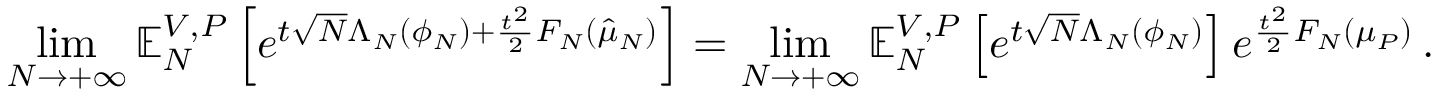
\operatorname* { l i m } _ { N \to + \infty } \mathbb { E } _ { N } ^ { V , P } \left[ e ^ { t \sqrt { N } \Lambda _ { N } ( \phi _ { N } ) + \frac { t ^ { 2 } } { 2 } F _ { N } ( \hat { \mu } _ { N } ) } \right] = \operatorname* { l i m } _ { N \to + \infty } \mathbb { E } _ { N } ^ { V , P } \left[ e ^ { t \sqrt { N } \Lambda _ { N } ( \phi _ { N } ) } \right] e ^ { \frac { t ^ { 2 } } { 2 } F _ { N } ( \mu _ { P } ) } \, .